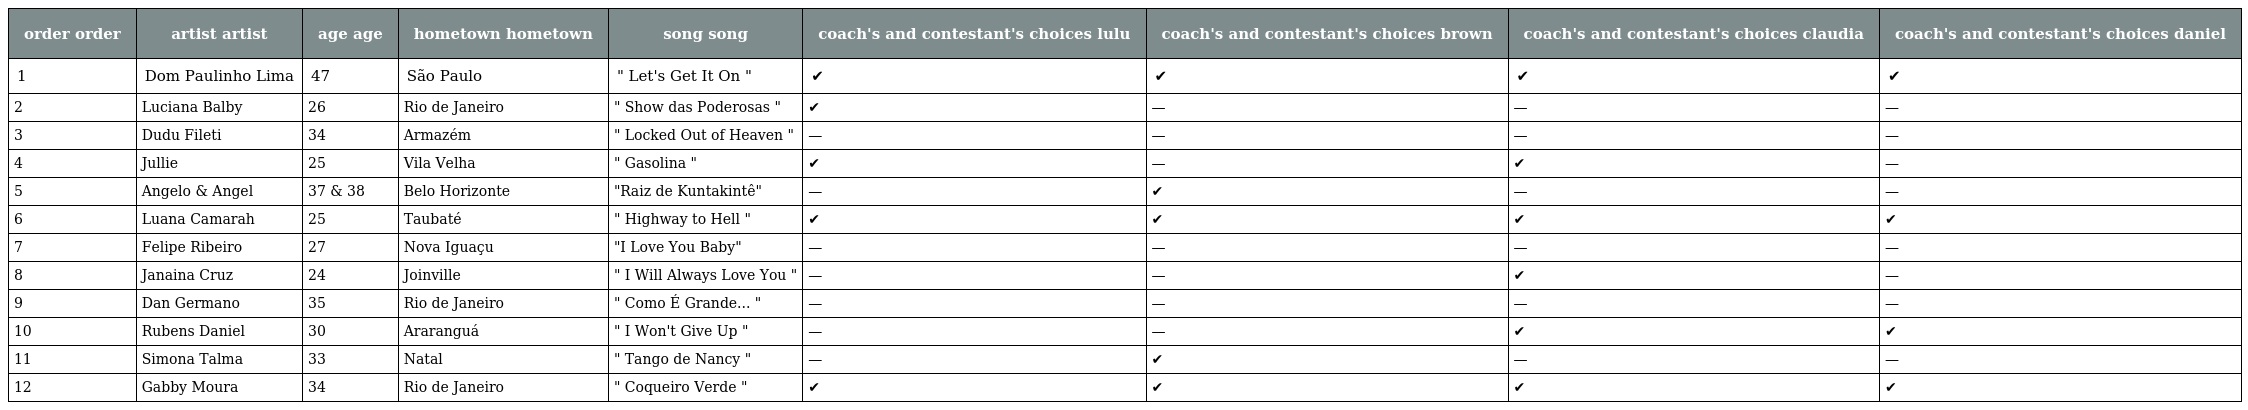
| order order | artist artist | age age | hometown hometown | song song | coach's and contestant's choices lulu | coach's and contestant's choices brown | coach's and contestant's choices claudia | coach's and contestant's choices daniel |
 | --- | --- | --- | --- | --- | --- | --- | --- | --- |
 | 1 | Dom Paulinho Lima | 47 | São Paulo | " Let's Get It On " | ✔ | ✔ | ✔ | ✔ |
 | 2 | Luciana Balby | 26 | Rio de Janeiro | " Show das Poderosas " | ✔ | — | — | — |
 | 3 | Dudu Fileti | 34 | Armazém | " Locked Out of Heaven " | — | — | — | — |
 | 4 | Jullie | 25 | Vila Velha | " Gasolina " | ✔ | — | ✔ | — |
 | 5 | Angelo & Angel | 37 & 38 | Belo Horizonte | "Raiz de Kuntakintê" | — | ✔ | — | — |
 | 6 | Luana Camarah | 25 | Taubaté | " Highway to Hell " | ✔ | ✔ | ✔ | ✔ |
 | 7 | Felipe Ribeiro | 27 | Nova Iguaçu | "I Love You Baby" | — | — | — | — |
 | 8 | Janaina Cruz | 24 | Joinville | " I Will Always Love You " | — | — | ✔ | — |
 | 9 | Dan Germano | 35 | Rio de Janeiro | " Como É Grande... " | — | — | — | — |
 | 10 | Rubens Daniel | 30 | Araranguá | " I Won't Give Up " | — | — | ✔ | ✔ |
 | 11 | Simona Talma | 33 | Natal | " Tango de Nancy " | — | ✔ | — | — |
 | 12 | Gabby Moura | 34 | Rio de Janeiro | " Coqueiro Verde " | ✔ | ✔ | ✔ | ✔ |